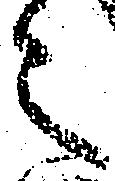
之